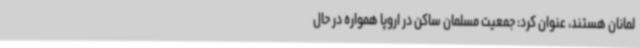
لمانان هستند، عنوان کرد: جمعیت مسلمان ساکن در اروپا همواره در حال